Report on horse surra - Volume II, Part II
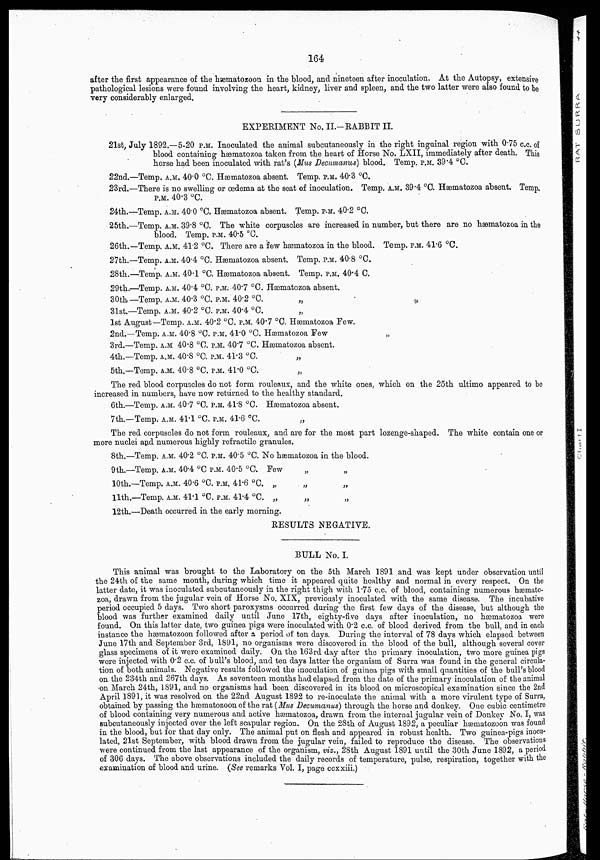
164
after the first appearance of the hæmatozoon in the blood, and nineteen after inoculation. At the Autopsy, extensive
pathological lesions were found involving the heart, kidney, liver and spleen, and the two latter were also found to be
very considerably enlarged.
EXPERIMENT No. II.-RABBIT II.
21st, July 1892.—5-20 P.M. Inoculated the animal subcutaneously in the right inguinal region with 0.75 c.c. of
blood containing hæmatozoa taken from the heart of Horse No. LXII, immediately after death. This
horse had been inoculated with rat's (Mus Decumanus) blood. Temp. P.M. 39.4 °C.
22nd.—Temp. A.M. 40.0 °C. Hæmatozoa absent. Temp. P.M. 40.3 °C.
23rd.—There is no swelling or œdema at the seat of inoculation. Temp. A.M. 39.4 °C. Hæmatozoa absent. Temp.
P.M. 40.3 °C.
24th.—Temp. A.M. 40.0 °C. Hæmatozoa absent. Temp. P.M. 40.2 °C.
25th.—Temp. A.M. 39.8 °C. The white corpuscles are increased in number, but there are no hæmatozoa in the
blood. Temp. P.M. 40.5 °C.
26th.—Temp. A.M. 41.2 °C. There are a few hæmatozoa in the blood. Temp. P.M. 41.6 °C.
27th.—Temp. A.M. 40.4 °C. Hæmatozoa absent. Temp. P.M. 40.8 °C.
28th.—Temp. A.M. 40.1 °C. Hæmatozoa absent. Temp. P.M. 40.4 °C.
29th.—Temp. A.M. 40.4 °C. P.M. 40.7 °C. Hæmatozoa absent.
30th.—Temp. A.M. 40.3 °C. P.M. 40.2 °C.
„
31st.—Temp. A.M. 40.2 °C. P.M. 40.4 °C.
1st August—Temp. A.M. 40.2 °C. P.M. 40.7 °C. Hæmatozoa Few.
2nd.—Temp. A.M. 40.8 °C. P.M. 41.0 °C. Hæmatozoa Few
3rd.—Temp. A.M. 40.8 °C. P.M. 40.7 °C. Hæmatozoa absent.
4th.—Temp. A.M. 40.8 °C. P.M. 41.3 °C.
„
5th.—Temp. A.M. 40.8 °C. P.M. 41.0 °C.
„
The red blood corpuscles do not form rouleaux, and the white ones, which on the 25th ultimo appeared to be
increased in numbers, have now returned to the healthy standard.
6th.—Temp. A.M. 40.7 °C. P.M. 41.8 °C. Hæmatozoa absent.
7th.—Temp. A.M. 41.1 °C. P.M. 41.6 °C.
„
The red corpuscles do not form rouleaux, and are for the most part lozenge-shaped. The white contain one or
more nuclei and numerous highly refractile granules.
8th.—Temp. A.M. 40.2 °C. P.M. 40.5 °C. No hæmatozoa in the blood.
9th.—Temp. A.M. 40.4 °C P.M. 40.5 °C. Few
10th.—Temp. A.M. 40.6 °C. P.M. 41.6 °C. „
11th.—Temp. A.M. 41.1 °C. P.M. 41.4 °C. „
„
„
12th.—Death occurred in the early morning.
RESULTS NEGATIVE.
BULL No. I.
This animal was brought to the Laboratory on the 5th March 1891 and was kept under observation until
the 24th of the same month, during which time it appeared quite healthy and normal in every respect. On the
latter date, it was inoculated subcutaneously in the right thigh with 1.75 c.c. of blood, containing numerous hæmato-
zoa, drawn from the jugular vein of Horse No. XIX, previously inoculated with the same disease. The incubative
period occupied 5 days. Two short paroxysms occurred during the first few days of the disease, but although the
blood was further examined daily until June 17th, eighty-five days after inoculation, no hæmatozoa were
found. On this latter date, two guinea pigs were inoculated with 0.2 c.c. of blood derived from the bull, and in each
instance the hæmatozoon followed after a period of ten days. During the interval of 78 days which elapsed between
June 17th and September 3rd, 1891, no organisms were discovered in the blood of the bull, although several cover
glass specimens of it were examined daily. On the 163rd day after the primary inoculation, two more guinea pigs
were injected with 0.2 c.c. of bull's blood, and ten days latter the organism of Surra was found in the general circula-
tion of both animals. Negative results followed the inoculation of guinea pigs with small quantities of the bull's blood
on the 234th and 267th days. As seventeen months had elapsed from the date of the primary inoculation of the animal
on March 24th, 1891, and no organisms had been discovered in its blood on microscopical examination since the 2nd
April 1891, it was resolved on the 22nd August 1892 to re-inoculate the animal with a more virulent type of Surra,
obtained by passing the hæmatozoon of the rat (Mus Decumanus) through the horse and donkey. One cubic centimetre
of blood containing very numerous and active hæmatozoa, drawn from the internal jugular vein of Donkey No, I, was
subcutaneously injected over the left scapular region. On the 28th of August 1892, a peculiar hæmatozoon was found
in the blood, but for that day only. The animal put on flesh and appeared in robust health. Two guinea-pigs inocu-
lated, 21st September, with blood drawn from the jugular vein, failed to reproduce the disease. The observations
were continued from the last appearance of the organism, viz., 28th August 1891 until the 30th June 1892, a period
of 306 days. The above observations included the daily records of temperature, pulse, respiration, together with the
examination of blood and urine. (See remarks Vol. I, page ccxxiii.)